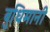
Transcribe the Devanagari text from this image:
बुधिमानी